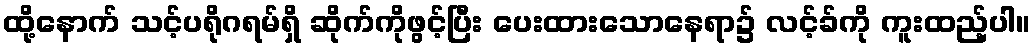
ထို့နောက် သင့်ပရိုဂရမ်ရှိ ဆိုက်ကိုဖွင့်ပြီး ပေးထားသောနေရာ၌ လင့်ခ်ကို ကူးထည့်ပါ။